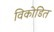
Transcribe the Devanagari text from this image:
विकोडित